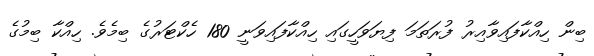
ބިން ހިއްކާފައިވާއިރު ފުރަތަމަ ފިޔަވަހީގައި ހިއްކާފައިވަނީ 180 ހެކްޓަރުގެ ބިމެވެ. ހިއްކާ ބިމުގެ